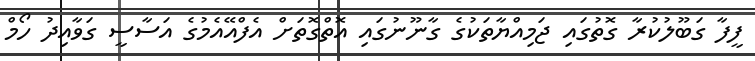
ފީފާ ގަބޫލުކުރާ ގޮތުގައި ޖަމިއްޔާތަކުގެ ގާނޫނުގައި އޮތްގޮތަށް އެފްއޭއެމުގެ އަސާސީ ގަވާއިދު ހޯމް